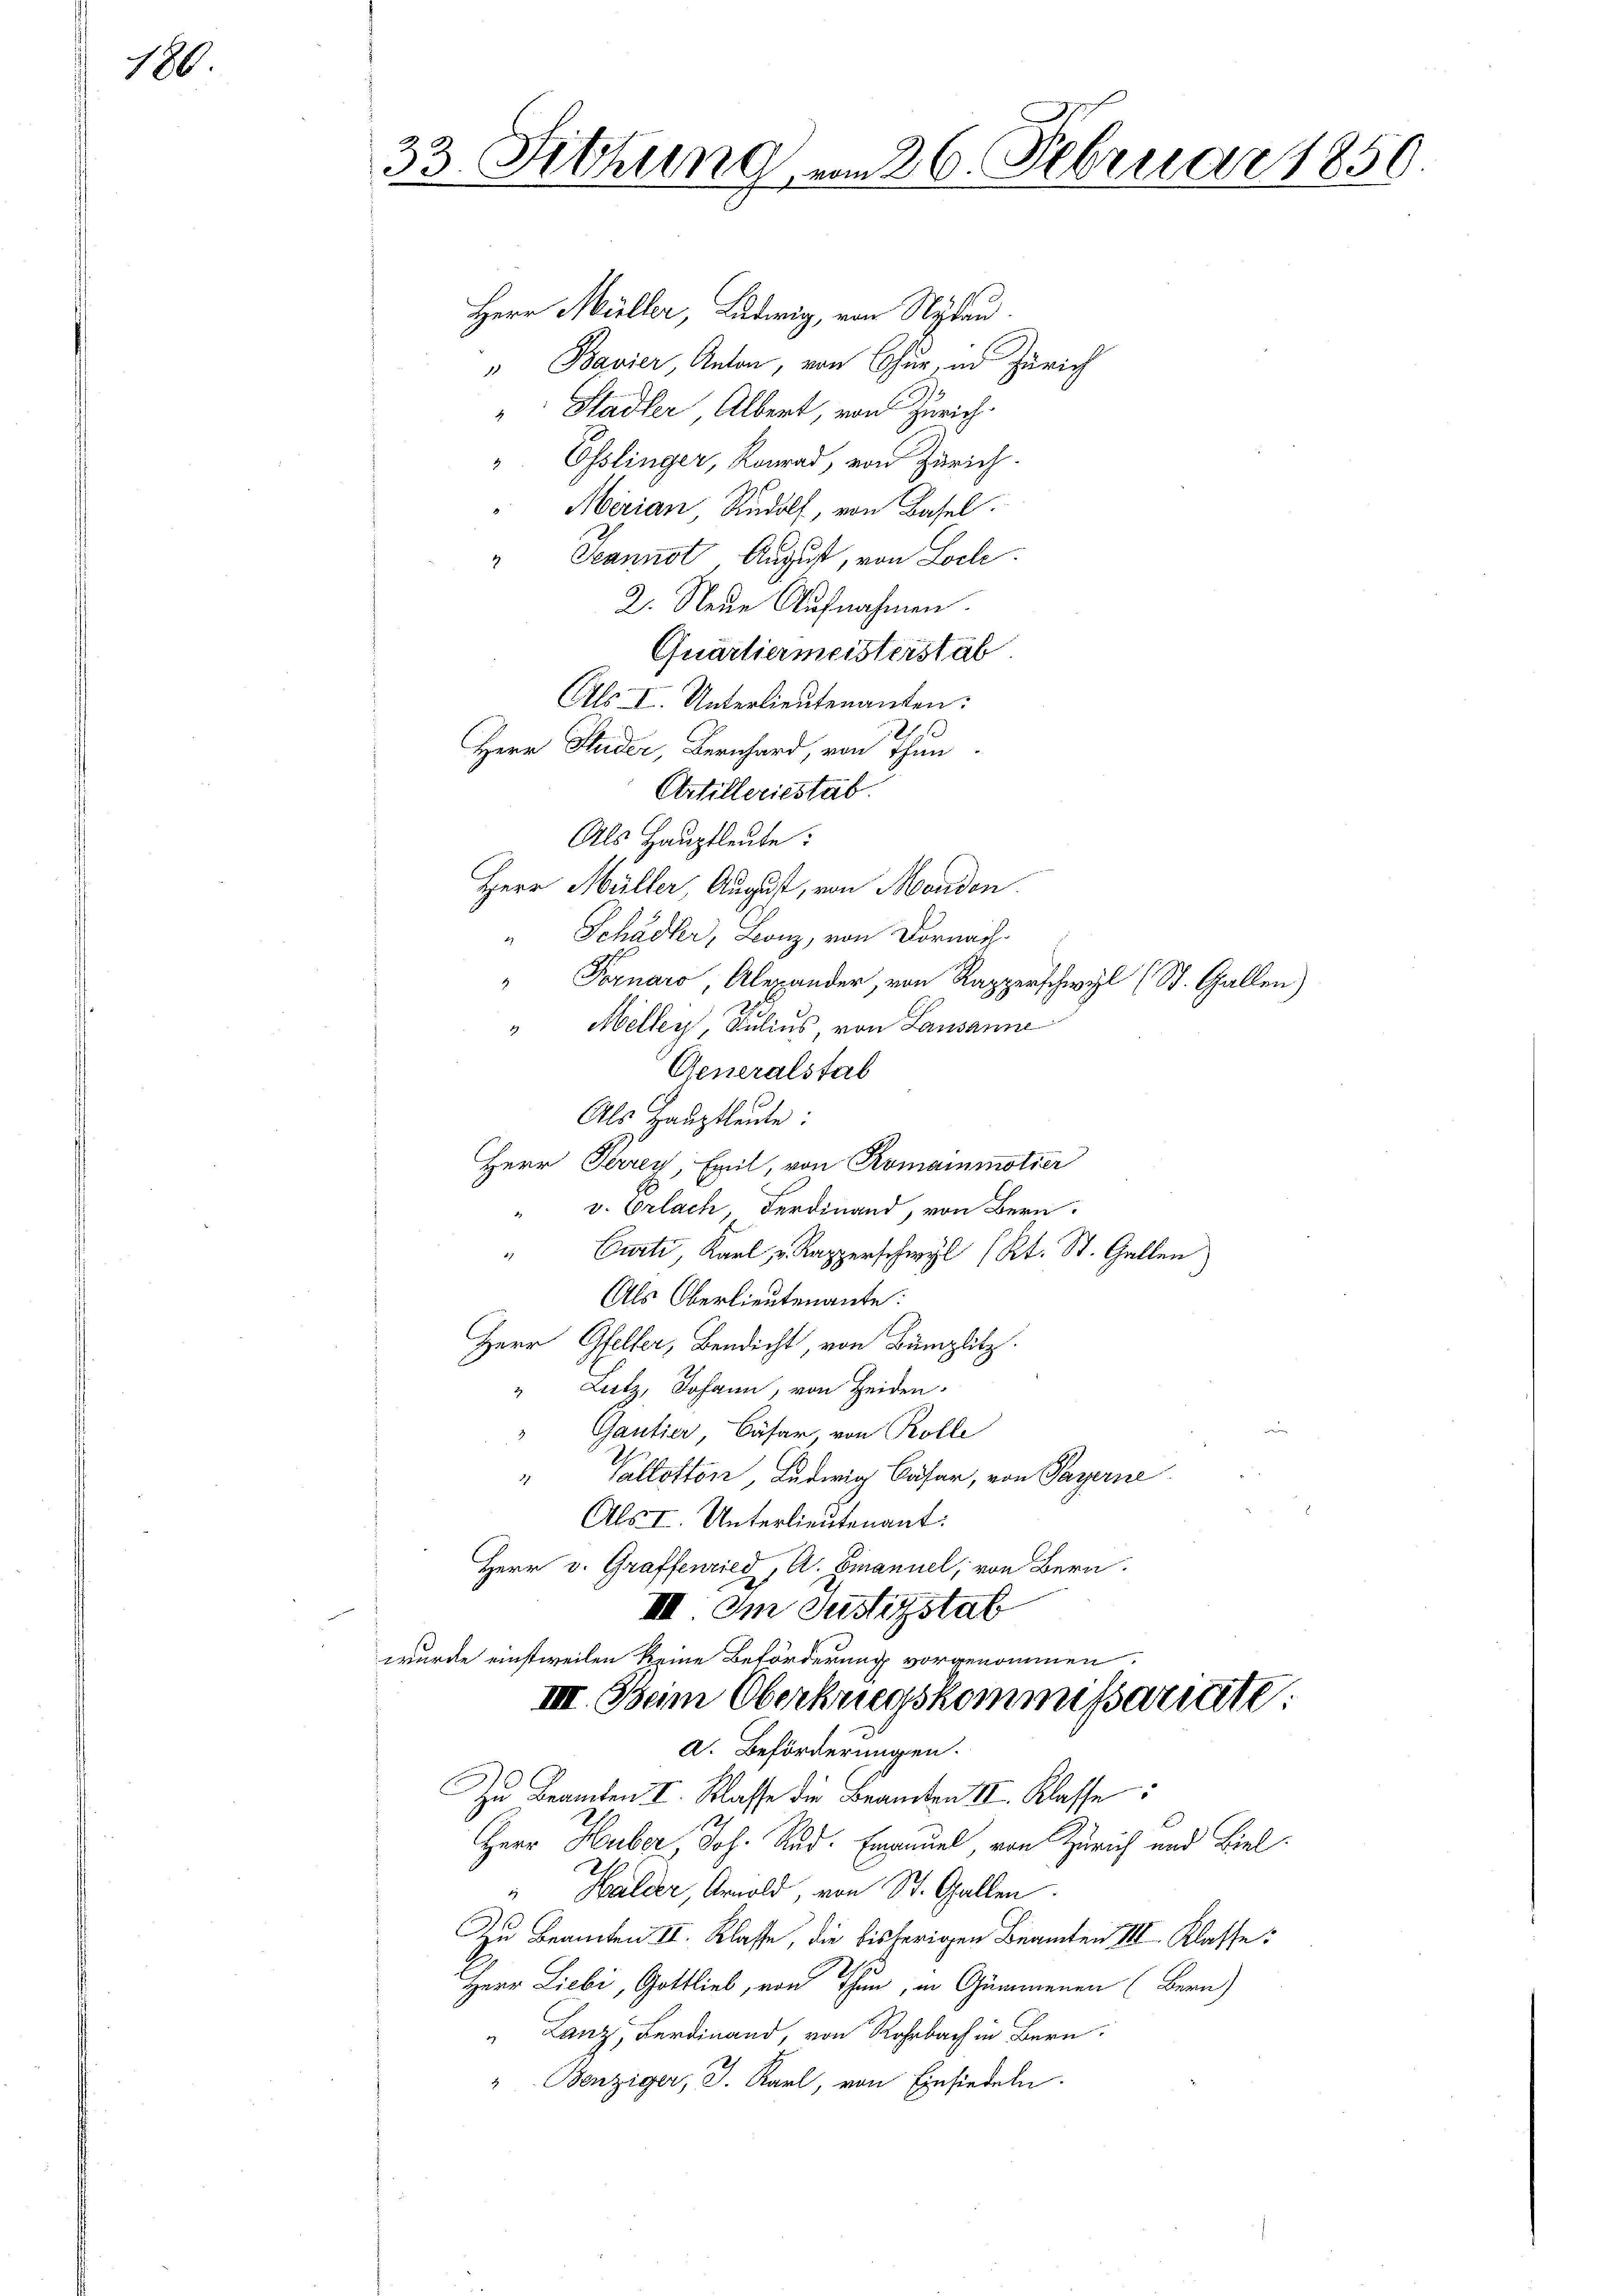
180

33. Sitzung vom 26. Februar 1850

Herr Müller, Ludwig, von Nydau.
" Bavier, Anton, von Chur, in Zürich
Stadler Albert, von Zürich.
4
" Esslinger, Konrad, von Zürich.
" Merian Rudolf, von Basel
Jeannot August, von Loch
2
2. Neue Aufnahmen.
Quartiermeisterstäb
Als I. Unterlieutenanten:
s
Herr Studer, Bernhard, von Thun.
Artilleriestab.
Als Hauptleute:
Herr Müller, August, von Morden.
" Schädler, Bonz, von Dornach
" Fornaro, Alexander, von Rapperschwyl (St. Gallen)
" Meller, Julius, von Lausanne
Generalstab
Als Haŭptleute:
Herr Perrey, Emil, von Romainmotier
v. Orlach, Ferdinand, von Bern.
Curti, Karl v. Kapperschwyl Kt. St. Gallen
2
Als Oberlieutenante:
Herr Gfeller, Bendicht, von Bümplitz.
Lutz, Johann, von Heiden.
Gantier, Cäsar, von Rolle
" Vallotton, Ludwig Cäsar, von Payerne
Als I. Unterlieutenant:
Herr v. Graffenried, A. Emanuel, von Bern.

IIII. Im Justizstab
wurde einstweilen keine Beförderung vorgenommen.
III. Beim Oberkriegskommissarierte
A. Beförderungen.
Zu Beamten I. Klasse die Beamten III. Klasse
Herr Huber, Joh. Rud. Emanuel von Zürich und Biel
Halder, Arnold, von St. Gallen.
Zu Beamten II. Klasse, die bisherigen Beamten III. Klasse:

Herr Liebi, Gottlieb, von Thun, in Gummenen (Bern)
Lanz, Ferdinand, von Rorbach in Bern.
" Benziger, J. Karl, von Einsiedeln.